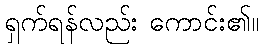
ရှက်ရန်လည်း ကောင်း၏။